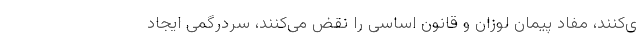
ی‌کنند، مفاد پیمان لوزان و قانون اساسی را نقض می‌کنند، سردرگمی ایجاد